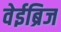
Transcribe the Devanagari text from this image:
वेईब्रिज